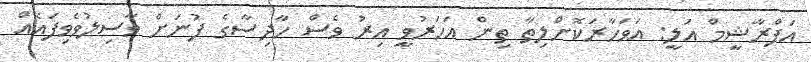
އަފްރާޝީމް އަލީ: އަވަހާރަކޮށްލިތާ ތިން އަހަރުވީ އިރު ވެސް ހާދިސާގެ ފުނަށް ވާސިލުވެވިފައެއް